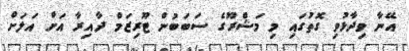
އޭނާ ވިދާޅުވި ގޮތުގައި މި މަޝްރޫގެ ސަބަބުން ޓޫރިޒަމް ދާއިރާ އަށް އަލަށް